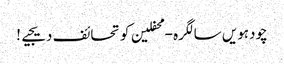
چودہویں سالگرہ - محفلین کو تحائف دیجیے!